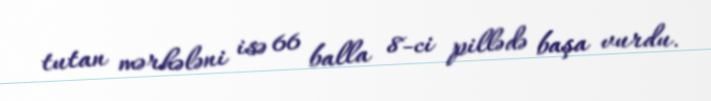
tutan mərhələni isə 66 balla 8-ci pillədə başa vurdu.